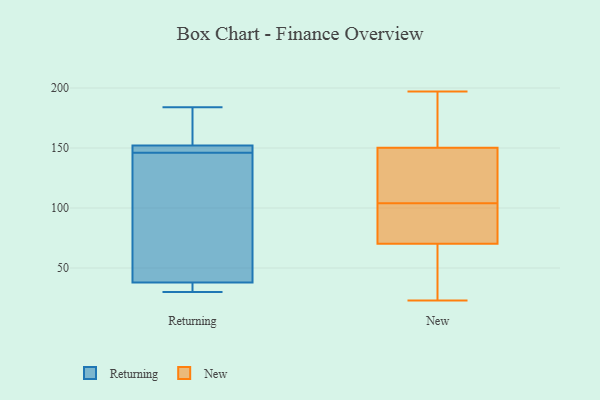
{"axis": {"x": "Waste Production (Tons)", "y": "Value"}, "legend": ["New", "Returning"], "data": [{"x": "", "y": 30, "type": "Returning"}, {"x": "", "y": 34, "type": "Returning"}, {"x": "", "y": 82, "type": "Returning"}, {"x": "", "y": 146, "type": "Returning"}, {"x": "", "y": 38, "type": "Returning"}, {"x": "", "y": 146, "type": "Returning"}, {"x": "", "y": 157, "type": "Returning"}, {"x": "", "y": 184, "type": "Returning"}, {"x": "", "y": 148, "type": "Returning"}, {"x": "", "y": 152, "type": "Returning"}, {"x": "", "y": 104, "type": "New"}, {"x": "", "y": 68, "type": "New"}, {"x": "", "y": 197, "type": "New"}, {"x": "", "y": 71, "type": "New"}, {"x": "", "y": 41, "type": "New"}, {"x": "", "y": 86, "type": "New"}, {"x": "", "y": 187, "type": "New"}, {"x": "", "y": 74, "type": "New"}, {"x": "", "y": 119, "type": "New"}, {"x": "", "y": 57, "type": "New"}, {"x": "", "y": 192, "type": "New"}, {"x": "", "y": 113, "type": "New"}, {"x": "", "y": 149, "type": "New"}, {"x": "", "y": 154, "type": "New"}, {"x": "", "y": 126, "type": "New"}, {"x": "", "y": 23, "type": "New"}, {"x": "", "y": 89, "type": "New"}]}